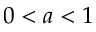
0 < a < 1